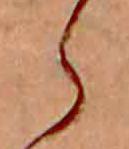
ら